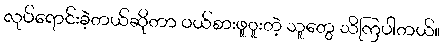
လုပ်ရောင်းခဲ့တယ်ဆိုတာ ဝယ်စားဖူူးတဲ့ သူတွေ သိကြပါတယ်။